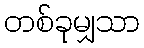
တစ်ခုမျှသာ